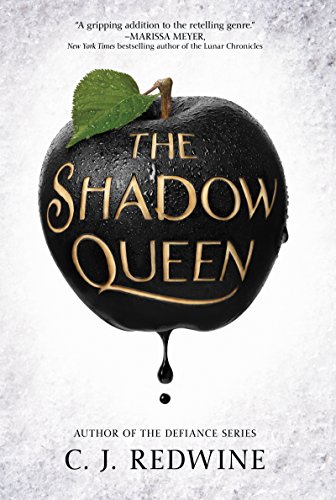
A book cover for The Shadow Queen; C. J. Redwine; Teen & Young Adult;